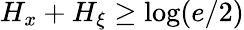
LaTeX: H_{x}+H_{\xi}\geq\log(e/2)